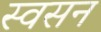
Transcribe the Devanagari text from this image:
स्वसन